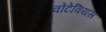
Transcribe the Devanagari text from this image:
वोंटेवियस